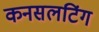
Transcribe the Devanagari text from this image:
कनसलटिंग